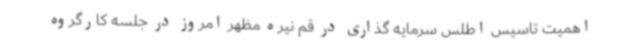
اهمیت تاسیس اطلس سرمایه گذاری در قم نیره مظهر امروز در جلسه کارگروه